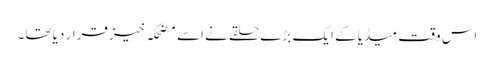
اس وقت میڈیا کے ایک بڑے حلقے نے اسے مضحکہ خیز قرار دیا تھا۔